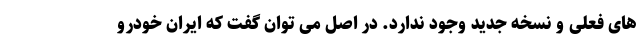
های فعلی و نسخه جدید وجود ندارد. در اصل می توان گفت که ایران خودرو